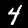
Digit: 4